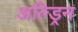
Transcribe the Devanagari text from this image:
अल्ड्रिन